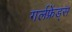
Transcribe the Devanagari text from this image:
गर्लफ्रेंड्स